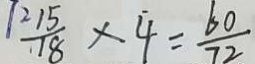
\frac { 7 2 1 5 } { 1 8 } \times 4 = \frac { 6 0 } { 7 2 }